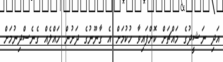
އަދި ނަޝީދުގެ މައްޗަށް ކޮށްފައިވާ ހުކުމަށް އެ ގާނޫނުގެ ދަށުން ހައްލެއް ގެނެސްދިނުމަށް